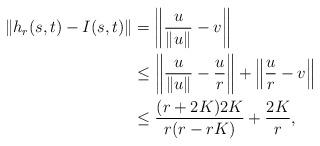
LaTeX: \begin{align*} \| h_r(s,t)- I(s,t)\| &= \left\| \frac{u}{\|u\| } - v \right\| \\ & \leq \left\| \frac{u}{\|u\|} - \frac{u}{r} \right\| + \left\| \frac{u}{r}- v \right\| \\ & \leq \frac{(r+2K)2K}{r(r-rK)} + \frac{2K}{r},\end{align*}